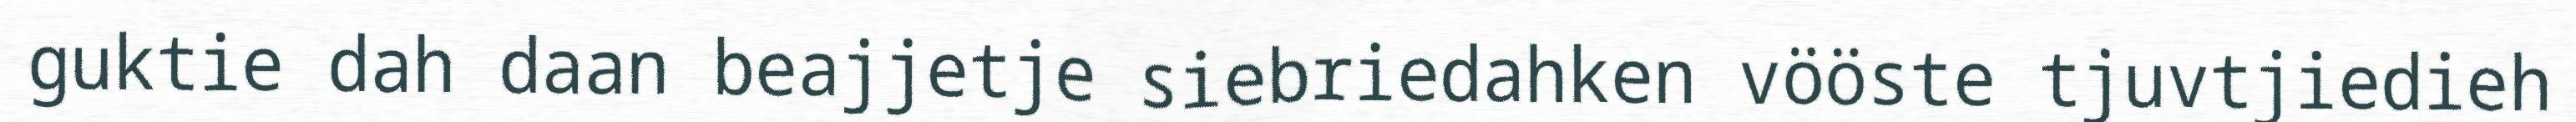
guktie dah daan beajjetje siebriedahken vööste tjuvtjiedieh